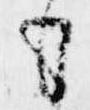
も